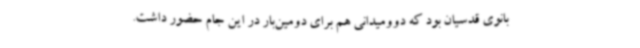
بانوی قدسیان بود که دوومیدانی هم برای دومین‌بار در این جام حضور داشت.